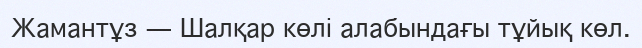
Жамантұз — Шалқар көлі алабындағы тұйық көл.